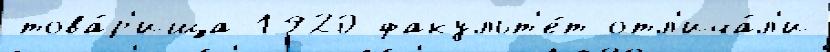
това́р'ища 1920 факульт'е́т отл'ича́л'и